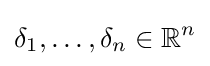
\delta _{1},\ldots ,\delta _{n}\in \mathbb {R} ^{n}